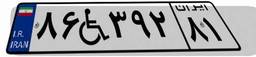
۸۶W۳۹۲۸۱